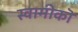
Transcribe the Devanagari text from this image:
स्वामीकॊ